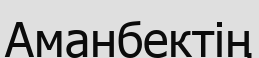
Аманбектің